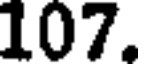
107.